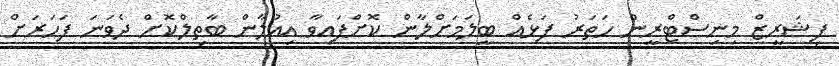
ފިޝަރީޒް މިނިސްޓްރީން ހަތަރު ފަޅެއް ބީލަމަށްލާން ކޮށްފައިވާ އިއުލާން ބާތިލްކޮށް ދެވަނަ ފަހަރަށް